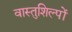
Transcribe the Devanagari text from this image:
वास्तुशिल्पों